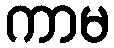
ကာမ